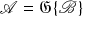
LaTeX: { \mathcal { A } } = { \mathfrak { G } } \{ { \mathcal { B } } \}